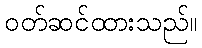
ဝတ်ဆင်ထားသည်။